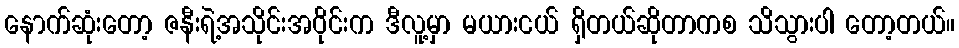
နောက်ဆုံးတော့ ဇနီးရဲ့အသိုင်းအဝိုင်းက ဒီလူ့မှာ မယားငယ် ရှိတယ်ဆိုတာကစ သိသွားပါ တော့တယ်။